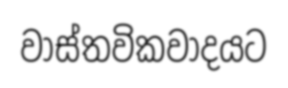
වාස්තවිකවාදයට